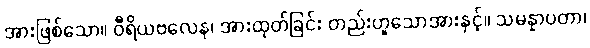
အားဖြစ်သော။ ဝီရိယဗလေန၊ အားထုတ်ခြင်း တည်းဟူသောအားနှင့်။ သမန္နာပတာ၊